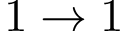
1 \rightarrow 1